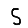
Digit: 5